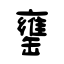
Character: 罋